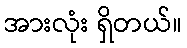
အားလုံး ရှိတယ်။